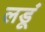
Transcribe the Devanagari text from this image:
लडूं